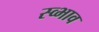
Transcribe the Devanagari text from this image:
स्व्भाव